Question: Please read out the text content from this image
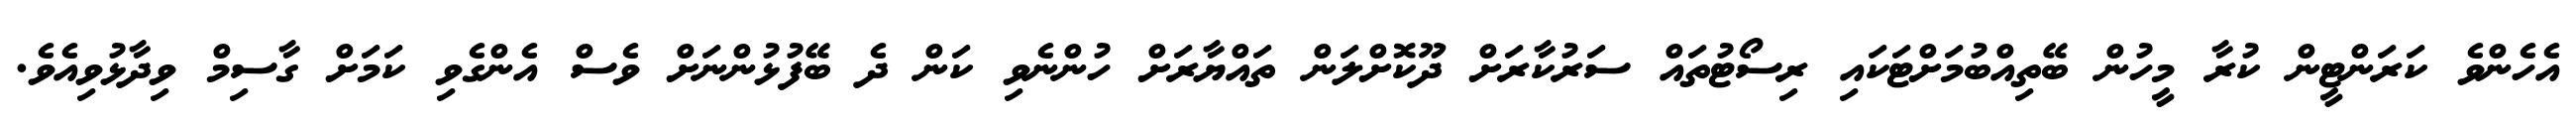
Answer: އެހެންވެ ކަރަންޓީން ކުރާ މީހުން ބޭތިއްބުމަށްޓަކައި ރިސޯޓުތައް ސަރުކާރަށް ދޫކޮށްލަން ތައްޔާރަށް ހުންނެވި ކަން ދެ ބޭފުޅުންނަށް ވެސް އެންގެވި ކަމަށް ގާސިމް ވިދާޅުވިއެވެ.